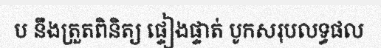
ប នឹងត្រួតពិនិត្យ ផ្ទៀងផ្ទាត់ បូកសរុបលទ្ធផល